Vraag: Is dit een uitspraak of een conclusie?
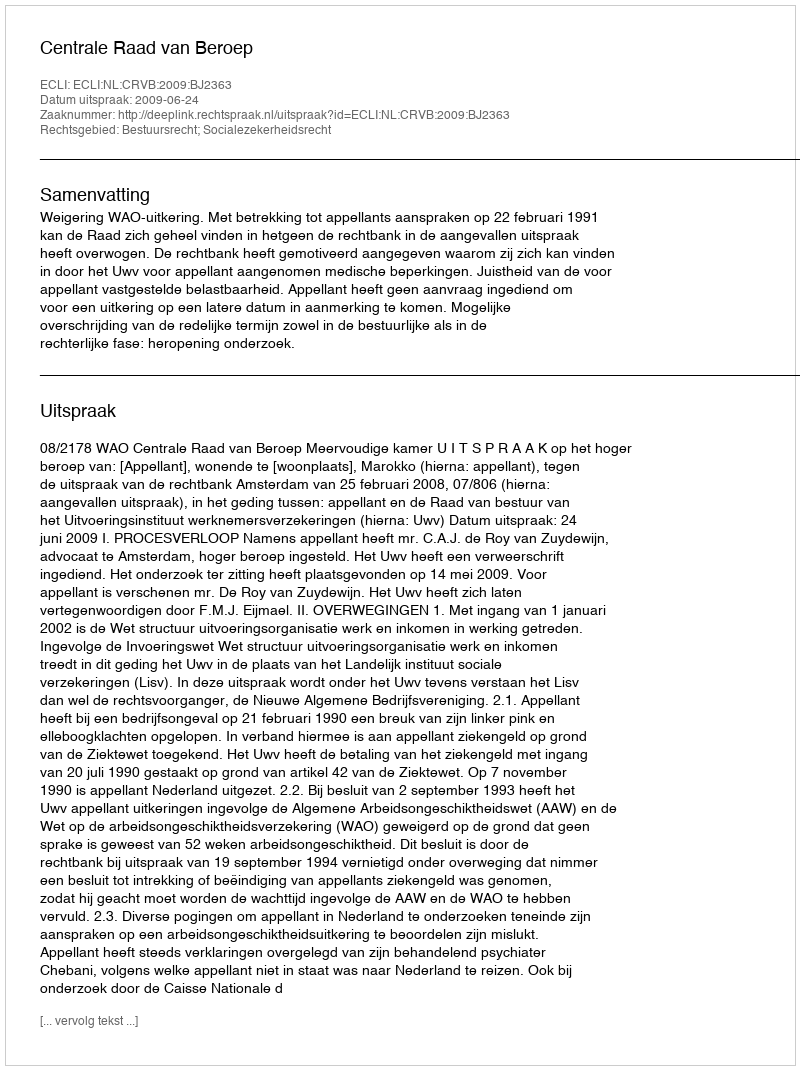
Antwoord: Uitspraak